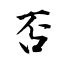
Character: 否